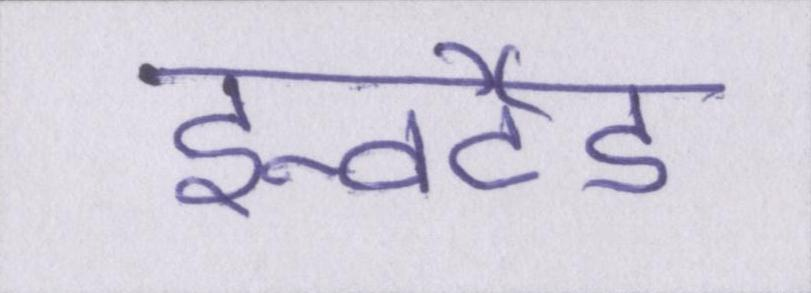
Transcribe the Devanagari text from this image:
इन्वर्टेड